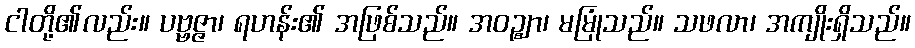
ငါတို့၏လည်း။ ပဗ္ဗဇ္ဇာ၊ ရဟန်း၏ အဖြစ်သည်။ အဝဉ္ဈာ၊ မမြုံသည်။ သဖလာ၊ အကျိုးရှိသည်။